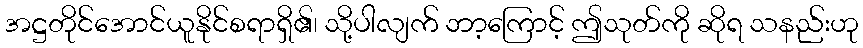
အဋ္ဌတိုင်အောင်ယူနိုင်စရာရှိ၏၊ သို့ပါလျက် ဘာ့ကြောင့် ဤသုတ်ကို ဆိုရ သနည်းဟု